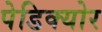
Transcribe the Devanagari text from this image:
पेडिक्‍योर